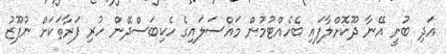
އަދި ބުނީ އޭނާ ދޫކޮށްލާފައި ބެހެއްޓުމުން މައްސަލައިގެ ހެކިބަސްދޭން ހުރި ފަރާތަކަށް ނުފޫޒު